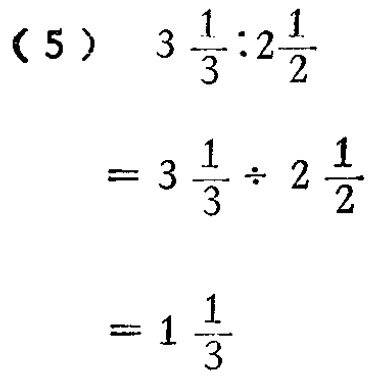
\begin{align*}

&(5)\quad3\frac{1}{3}:2\frac{1}{2}\\

&=3\frac{1}{3}\div 2\frac{1}{2}\\

&=1\frac{1}{3}

\end{align*}